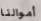
أموالنا